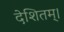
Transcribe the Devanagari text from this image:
देशितम्।